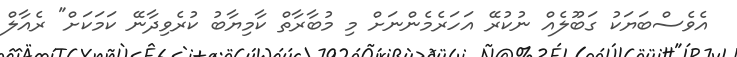
އެވެސްބަޔަކު ގަބޫލެއް ނުކުރޭ އަހަރެމެންނަށް މި މުބާރާތް ކާމިޔާބު ކުރެވިދާނޭ ކަމަކަށް" ރެއާލް